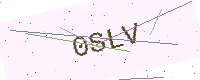
Text: 0SLV